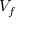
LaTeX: { \cal { V } } _ { f }